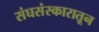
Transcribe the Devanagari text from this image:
संघसंस्कारातून